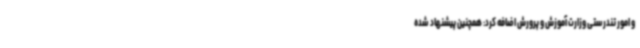
و امور تندرستی وزارت آموزش و پرورش اضافه کرد: همچنین پیشنهاد شده